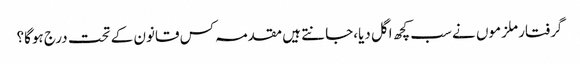
گرفتار ملزموں نے سب کچھ اگل دیا،جانتے ہیں مقدمہ کس قانون کے تحت درج ہوگا؟